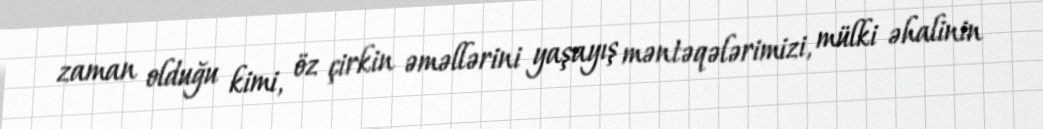
zaman olduğu kimi, öz çirkin əməllərini yaşayış məntəqələrimizi, mülki əhalinin